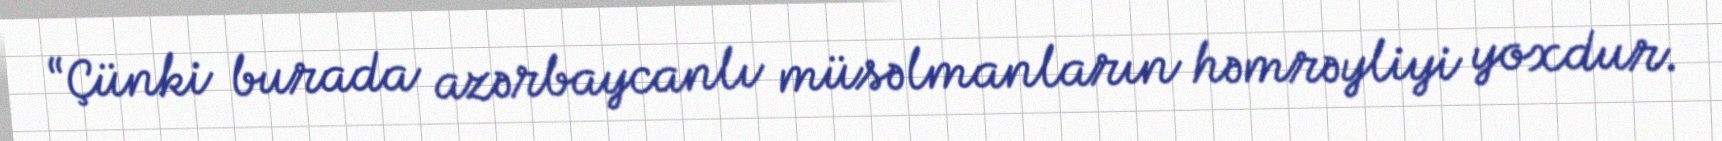
“Çünki burada azərbaycanlı müsəlmanların həmrəyliyi yoxdur.